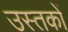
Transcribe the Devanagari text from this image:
उस्तकों